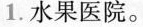
1.水果医院。